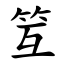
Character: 䇘